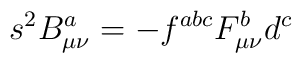
s^{2}B^{a}_{\mu\nu} = - f^{abc}F^{b}_{\mu\nu}d^{c}